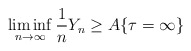
\begin{align*} \liminf_{n \rightarrow \infty} \frac{1}{n} Y_n \geq A \{\tau=\infty\}\end{align*}